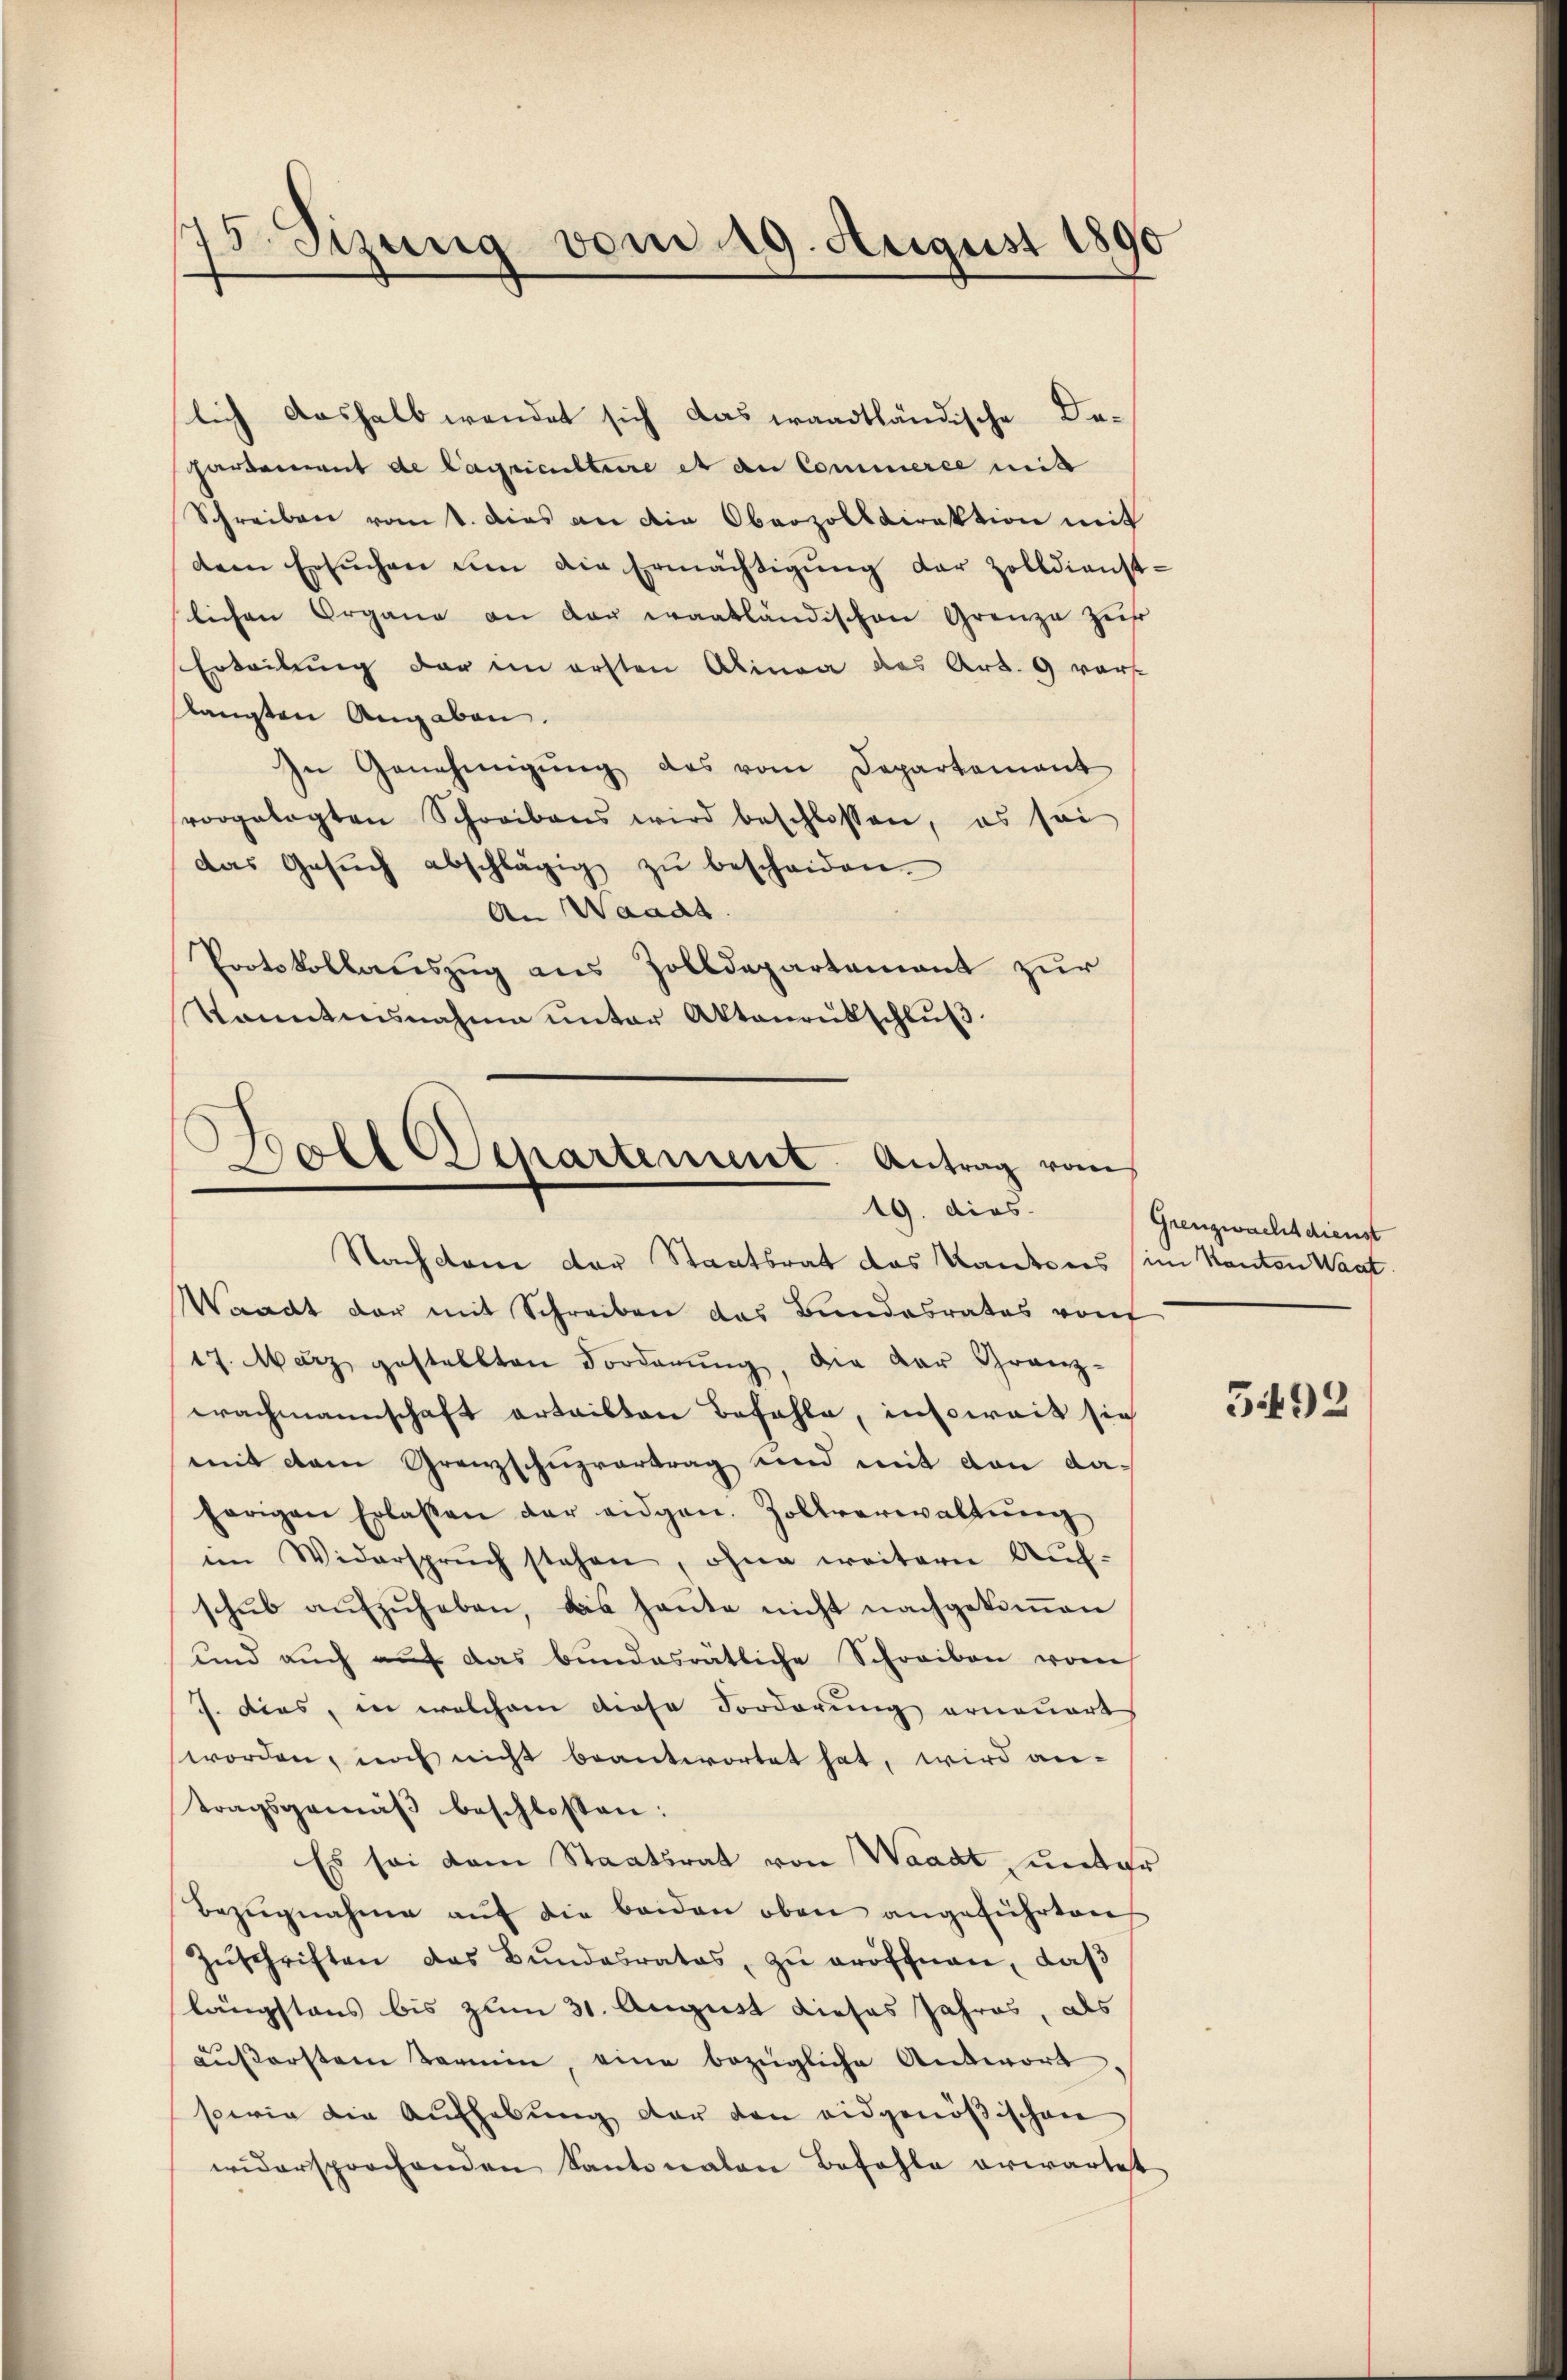
175. Sizung vom 19. August 1890

lich aushalb wendet sich das waadtländische De¬
Hardement de lagriculture et de Commerce mit
Schreiben vant. Dies an die Oberzolldirektion mit
dem Ersŭchen ŭm die Ermächtigŭng der Zolldienst-
lichen Organe an der waatländischen Grenze Zeit
Erteilung der im ersten Alinea das Art. 9 vors
langten Angaben.
In Genehmigŭng des vom Departement
vorgelegten Schreibens wird beschlossen, es sei
das Gesŭch abschlägig zŭ bescheiden.
An Waadt.
Protokollauszug aus Zolldepartement zur
Vanntnisnahme unter Aktenrütschlŭβ

Boll Senartement Antrag vom
19. dies
Nachdem der Staatsrat das Kantons im Kanton Wagt.

Waadt der mit Schreiben das Bundesrates von
17. März gestellten Forderŭng, die der Granz-
wachmannschaft erteilten Befehle, insoweit sic
mit dem Grenzschuzvertrag und mit von dahörigen Erlassen der eidgen. Zollverwaltŭng
im Widerspruch stehen, ohne weitern Auf-
schŭb aŭfzŭheben, das heute nicht nachgekoṁen
und auch auf das bundesrätliche Schreiben von
J. dies, in welchem diese Forderung erneuert
worden, noch nicht beantwortet hat, wird an-
tragsgemäβ beschlossen:
Es sei dem Staatsrat von Waadt unter
Bezŭgnahme aŭf die beiden oben angeführten
Zŭschriften das Bŭndesrates, zŭ eröffnen, daβ
längstens bis zum 31. August dieses Jahres, als
aŭsserstem Termin, eine bezügliche Antwort.
sowie die Aufhebung der den eidgenößischen
widersprochenden Kantonalen befohle erwartet

Grenzwachtdienst

3492